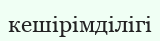
кешірімділігі